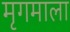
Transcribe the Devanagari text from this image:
मृगमाला